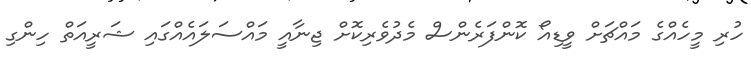
ހުރި މީހެއްގެ މައްޗަށް ވީޑިއޯ ކޮންފަރެންސް މެދުވެރިކޮށް ޖިނާއީ މައްސަލައެއްގައި ޝަރީއަތް ހިންގި